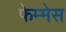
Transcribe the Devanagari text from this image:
फेम्मेस